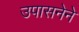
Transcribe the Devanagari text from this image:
उपासनेने